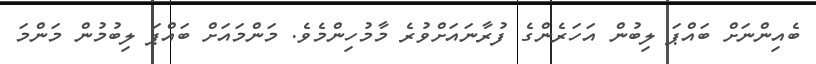
ބެއިންނަށް ބައްޕަ ލިބުން އަހަރެންގެ ފުރާނައަށްވުރެ މާމުހިންމެވެ. މަންމައަށް ބައްޕަ ލިބުމުން މަންމަ